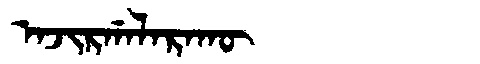
Manchu: ᠠᠵᡳᡵᡤᠠᠯᠠᡵᠠᡴᡡ
Romanization: AJIRGALARAKŪ